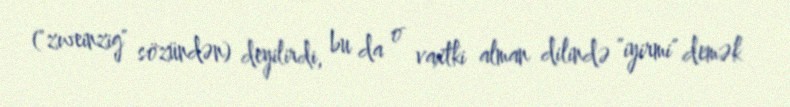
("zweinzig" sözündən) deyilirdi, bu da o vaxtki alman dilində "iyirmi" demək